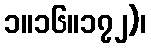
၁။၁၆။၁၇၂)၊